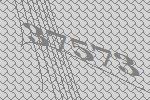
37573